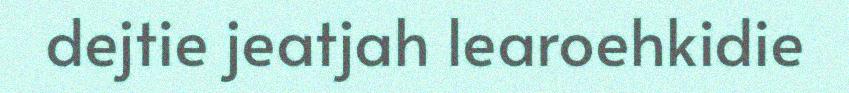
dejtie jeatjah learoehkidie